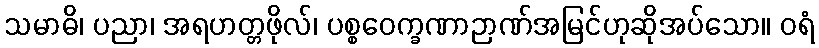
သမာဓိ၊ ပညာ၊ အရဟတ္တဖိုလ်၊ ပစ္စဝေက္ခဏာဉာဏ်အမြင်ဟုဆိုအပ်သော။ ဝရံ